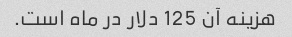
هزینه آن 125 دلار در ماه است.